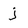
Character: j